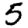
Digit: 5